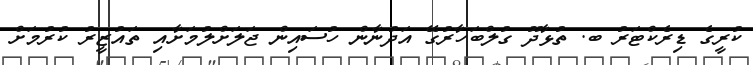
ކުރީގެ ޑިރެކްޓަރު ބ. ތުޅާދޫ ގުލްބަހާރުގޭ އަދުނާން ހުސައިން ޖަލަށްލުމަށާއި ތައުޒީރު ކުރުމަށް